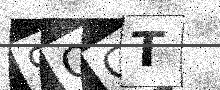
Text: 9OGT